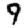
Digit: 9